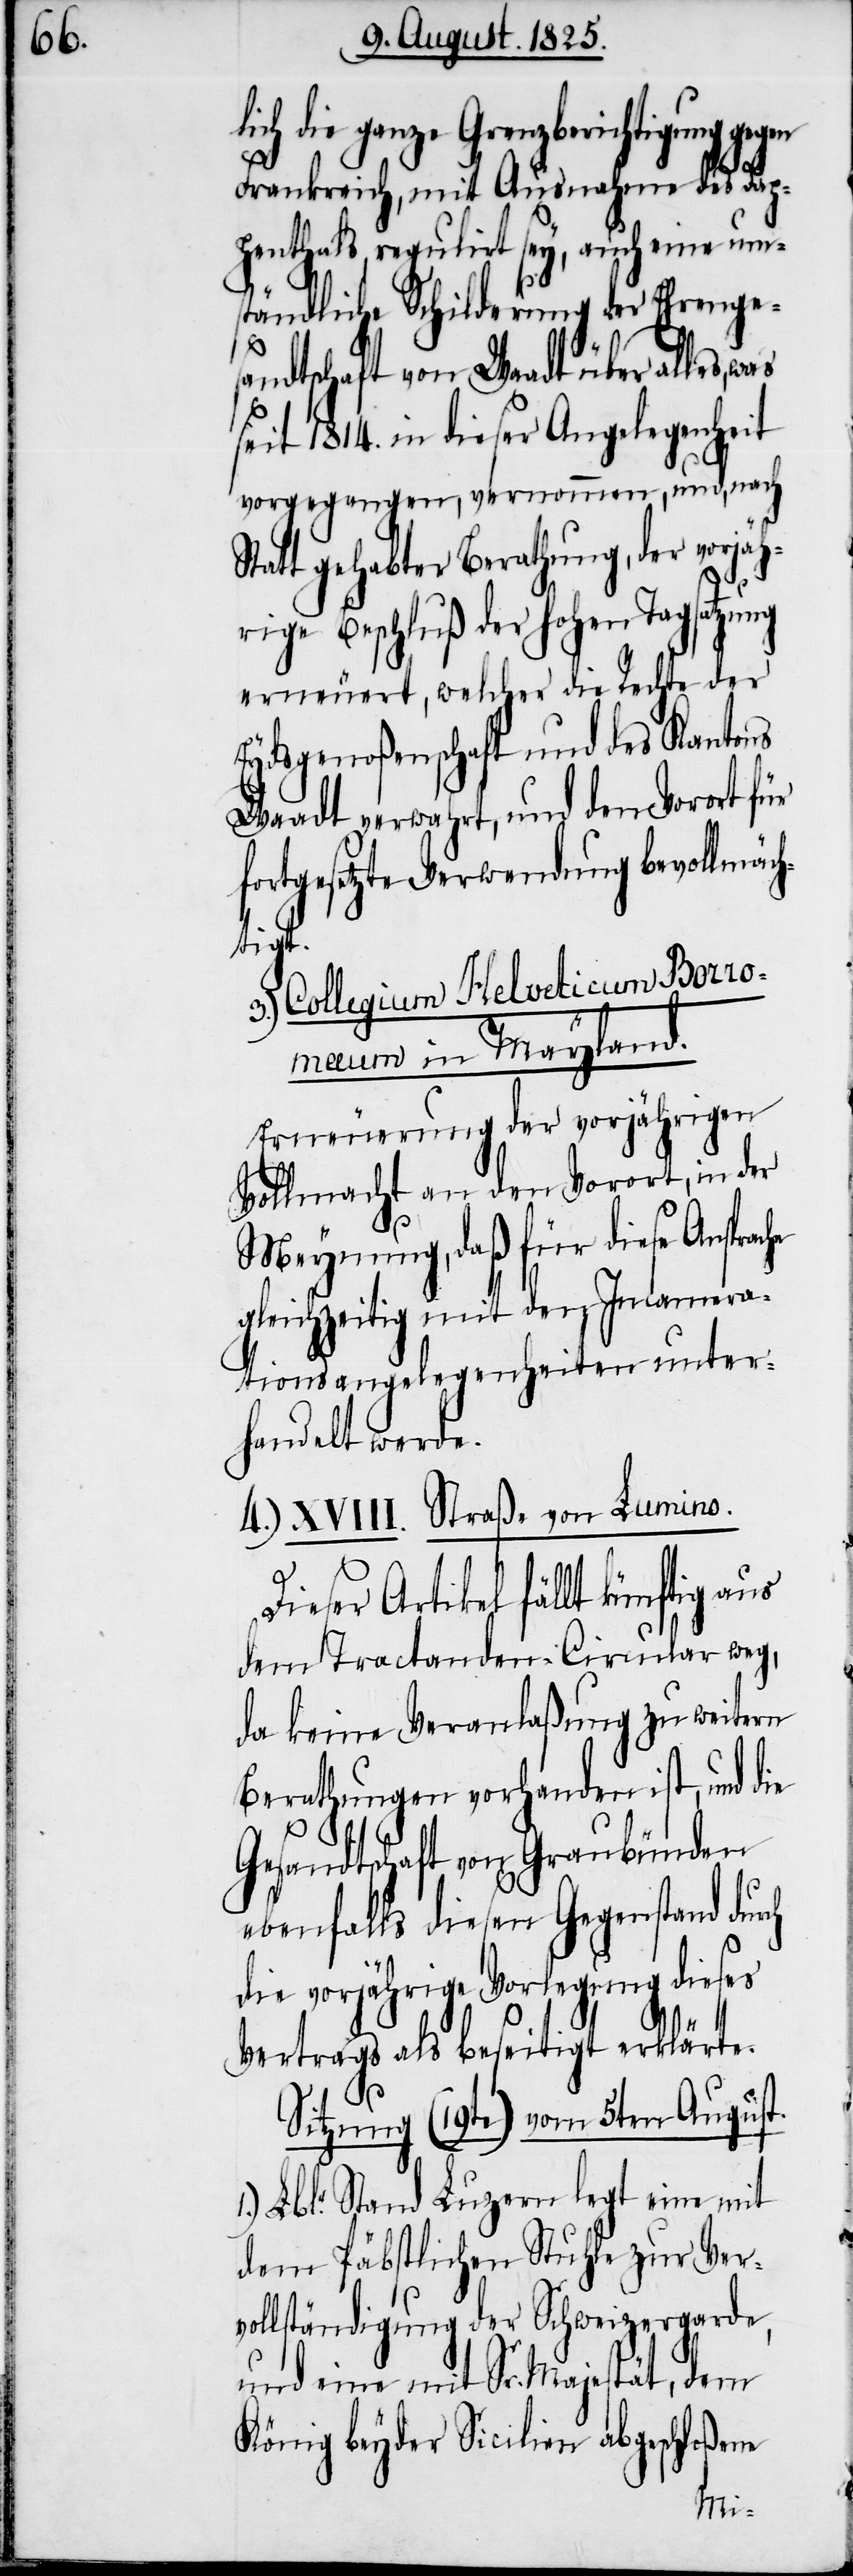
ch die ganze Grenzberichtigung
Frankreich, mit Ausnahme des Dap¬
penthals, regulirt sey, auch eine um¬
ständliche Schilderung der Ehrenges¬
andtschaft von Waadt über alles,
seit 1814. in dieser Angelegenheit
vorgegangen, vernommen, und, nach
statt gehabter Berathung , der vorjäh¬
rige Beschluß der hohen Tagsatzung
erneuert, welcher die Rechte der
Eydsgenoßenschaft und des Kantons
Waadt verwahrt, und dem Vorort für
fortgesetzte Verwendung bevollmäc¬
htigt.
3.) Collegium Helveticum Borro¬
maeum in Mayland.
Erneuerung der vorjährigen
Vollmacht an den Vorort, in der
Meynung, daß für diese Ansprac¬
gleichzeitig mit den Incamera¬
tionsangelegenheiten unter¬
handelt werde.
4.) XVIII. Straße von Lumino.
eser Artikel fällt künftig aus
dem Tractanden-Circular weg,
da keine Veranlaßung zu weitern
Berathungen vorhanden ist, und die
Gesandtschaft von Graubünden
ebenfalls diesen Gegenstand du¬
die vorjährige Verlegung dieses
Vertrags als beseitigt erklärte.
Sitzung (19te) vom 5ten August.
1.) Lblr. Stand Luzern legt eine mit
dem Päbstlichen Stuhle zur Verv¬
ollständigung der Schweizergarde,
und eine mit Sr. Majestät, dem
König beyder Sic¬
en abgeschloßene
ili¬